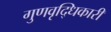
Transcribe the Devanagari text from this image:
गुणवृद्धिकारी